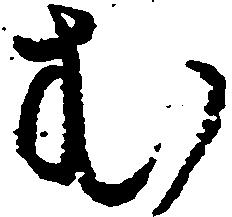
む